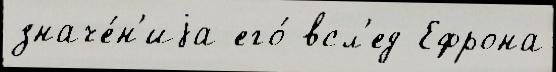
значе́н'иjа его́ всл'ед Ефрона